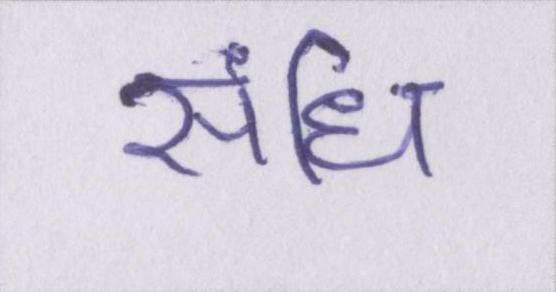
संधि